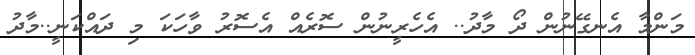
މަންމާ އެނގޭނުން ދޯ މާދު.. އެހެރީނުން ސޮރެއް އެސޮރު ވާހަކަ މި ދައްކަނީ..މާދު